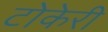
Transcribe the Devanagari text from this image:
टोकेरी